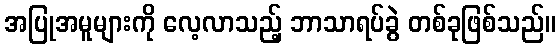
အပြုအမူများကို လေ့လာသည့် ဘာသာရပ်ခွဲ တစ်ခုဖြစ်သည်။